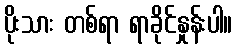
ပိုးသား တစ်ရာ ရာခိုင်နှုန်းပါ။